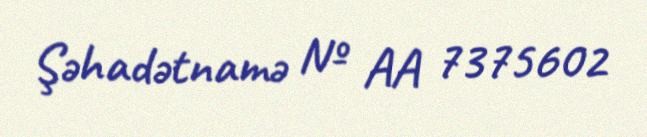
Şəhadətnamə № AA 7375602